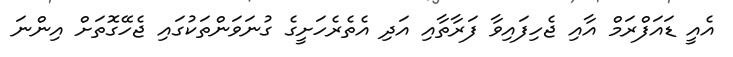
އެއީ ޑައަފްރަމް އާއި ޖެހިފައިވާ ފަރާތާއި އަދި އެތެރެހަށީގެ ގުނަވަންތަކުގައި ޖެހޭގޮތަށް އިންނަ